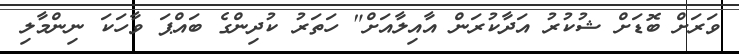
ވަރަށް ބޮޑަށް ޝުކުރު އަދާކުރަން އާއިލާއަށް" ހަތަރު ކުދިންގެ ބައްޕަ ވާހަކަ ނިންމާލި